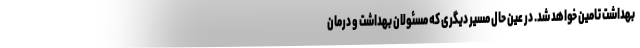
بهداشت تامین خواهد شد. در عین حال مسیر دیگری که مسئولان بهداشت و درمان